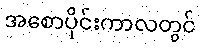
အစောပိုင်းကာလတွင်